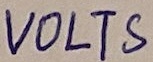
Text: VOLTS